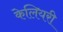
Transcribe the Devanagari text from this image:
केलियरी